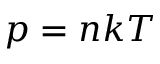
p = n k T